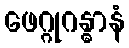
ဖေဂ္ဂုဂန္ဓာနံ